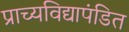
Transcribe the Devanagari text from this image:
प्राच्यविद्यापंडित